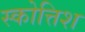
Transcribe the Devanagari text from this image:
स्कोत्तिश